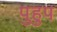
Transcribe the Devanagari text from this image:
पुहुप